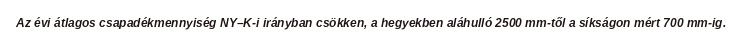
Az évi átlagos csapadékmennyiség NY–K-i irányban csökken, a hegyekben aláhulló 2500 mm-től a síkságon mért 700 mm-ig.